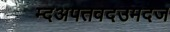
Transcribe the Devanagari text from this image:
म्दअपतवदउमदज